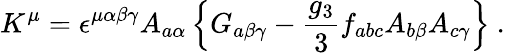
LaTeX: K^{\mu}=\epsilon^{\mu\alpha\beta\gamma}A_{a\alpha}\left\{ G_{a\beta\gamma}-\frac{g_{3}}{3}f_{abc}A_{b\beta}A_{c\gamma}\right\} ~.